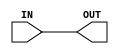

// Copyright (c) 2000-2009 Bluespec, Inc.

// Permission is hereby granted, free of charge, to any person obtaining a copy
// of this software and associated documentation files (the "Software"), to deal
// in the Software without restriction, including without limitation the rights
// to use, copy, modify, merge, publish, distribute, sublicense, and/or sell
// copies of the Software, and to permit persons to whom the Software is
// furnished to do so, subject to the following conditions:

// The above copyright notice and this permission notice shall be included in
// all copies or substantial portions of the Software.

// THE SOFTWARE IS PROVIDED "AS IS", WITHOUT WARRANTY OF ANY KIND, EXPRESS OR
// IMPLIED, INCLUDING BUT NOT LIMITED TO THE WARRANTIES OF MERCHANTABILITY,
// FITNESS FOR A PARTICULAR PURPOSE AND NONINFRINGEMENT. IN NO EVENT SHALL THE
// AUTHORS OR COPYRIGHT HOLDERS BE LIABLE FOR ANY CLAIM, DAMAGES OR OTHER
// LIABILITY, WHETHER IN AN ACTION OF CONTRACT, TORT OR OTHERWISE, ARISING FROM,
// OUT OF OR IN CONNECTION WITH THE SOFTWARE OR THE USE OR OTHER DEALINGS IN
// THE SOFTWARE.
//
// $Revision: 21121 $
// $Date: 2010-06-25 18:37:44 +0000 (Fri, 25 Jun 2010) $

`ifdef BSV_ASSIGNMENT_DELAY
`else
`define BSV_ASSIGNMENT_DELAY
`endif

module ProbeWire(OUT, IN);

   parameter size = 1;

   input  [size - 1 : 0] IN;
   output [size - 1 : 0] OUT;
   
   assign OUT = IN;

endmodule